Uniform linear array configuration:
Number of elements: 32
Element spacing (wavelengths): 0.25
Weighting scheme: hamming
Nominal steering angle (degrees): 60
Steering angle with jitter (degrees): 59.358
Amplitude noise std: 0.05
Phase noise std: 0.05

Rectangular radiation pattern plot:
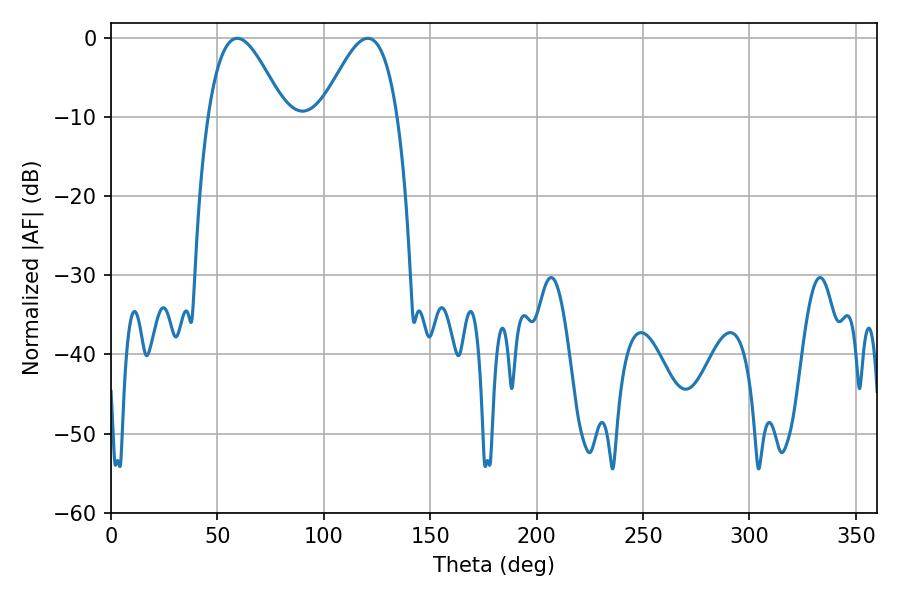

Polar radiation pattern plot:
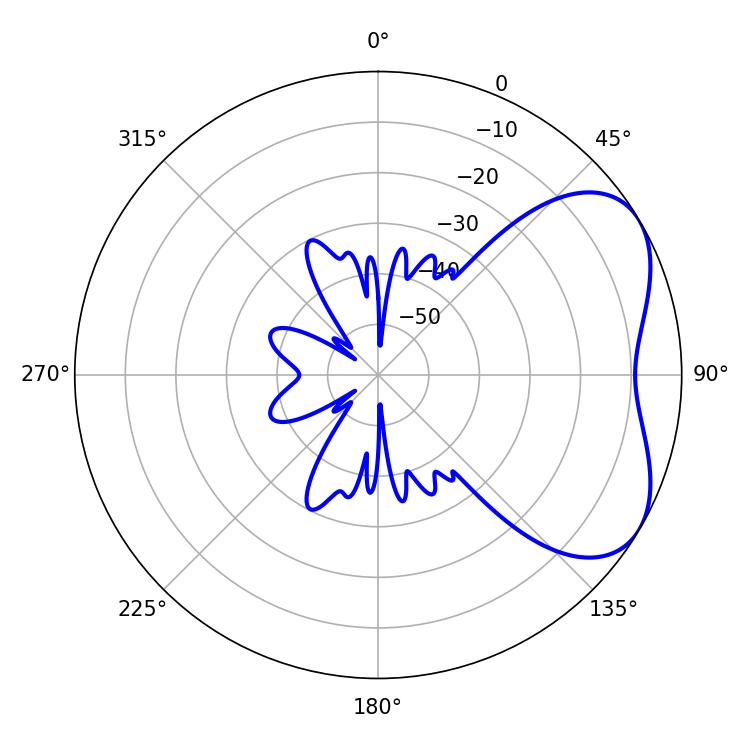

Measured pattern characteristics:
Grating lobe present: FALSE
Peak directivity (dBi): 4.754
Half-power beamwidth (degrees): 19.26
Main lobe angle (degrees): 59.4